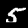
Digit: 5